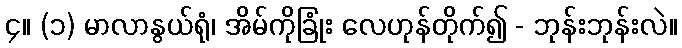
၄။ (၁) မာလာနွယ်ရုံ၊ အိမ်ကိုခြုံး လေဟုန်တိုက်၍ - ဘုန်းဘုန်းလဲ။